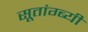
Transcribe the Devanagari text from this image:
सूतांग्ब्यी